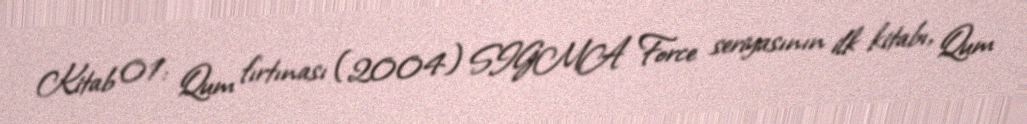
Kitab 01: Qum fırtınası (2004) SIGMA Force seriyasının ilk kitabı, Qum